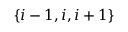
\{ i - 1 , i , i + 1 \}